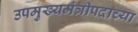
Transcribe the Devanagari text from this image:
उपमुख्यमंत्रीपदाच्या